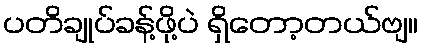
ပတိချုပ်ခန့်ဖို့ပဲ ရှိတော့တယ်ဗျ။